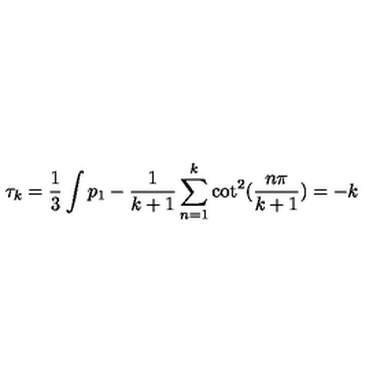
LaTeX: \tau _ { k } = \frac { 1 } { 3 } \int p _ { 1 } - \frac { 1 } { k + 1 } \sum _ { n = 1 } ^ { k } \cot ^ { 2 } ( \frac { n \pi } { k + 1 } ) = - k